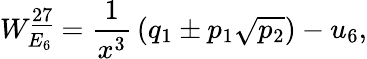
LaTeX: W_{E_{6}}^{\underline{{{27}}}}={\frac{1}{x^{3}}}\left(q_{1}\pm p_{1}\sqrt{p_{2}}\right)-u_{6},